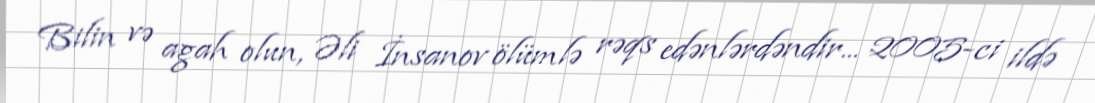
Bilin və agah olun, Əli İnsanov ölümlə rəqs edənlərdəndir... 2005-ci ildə